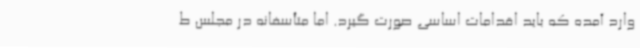
وارد آمده که باید اقدامات اساسی صورت گیرد. اما متأسفانه در مجلس ط